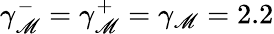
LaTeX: \gamma_{\mathscr{M}}^{-}=\gamma_{\mathscr{M}}^{+}=\gamma_{\mathscr{M}}=2.2